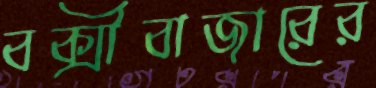
বক্সীবাজারের